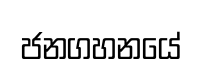
ජනගහනයේ